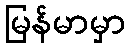
မြန်မာမှာ